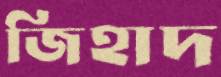
জিহাদ